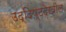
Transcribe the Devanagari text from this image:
उद्दिष्टदेखील